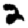
Digit: 2